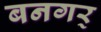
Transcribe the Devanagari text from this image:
बनगर्